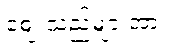
ဈေးသည်များအား